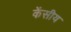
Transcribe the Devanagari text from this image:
केंसीय